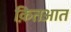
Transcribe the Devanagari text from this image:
क़ितआत